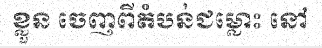
ខ្លួន ចេញពីតំបន់ជម្លោះ នៅ